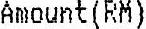
AMOUNT(RM)